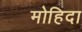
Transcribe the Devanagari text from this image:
मोहिदा